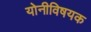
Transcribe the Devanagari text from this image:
योनीविषयक